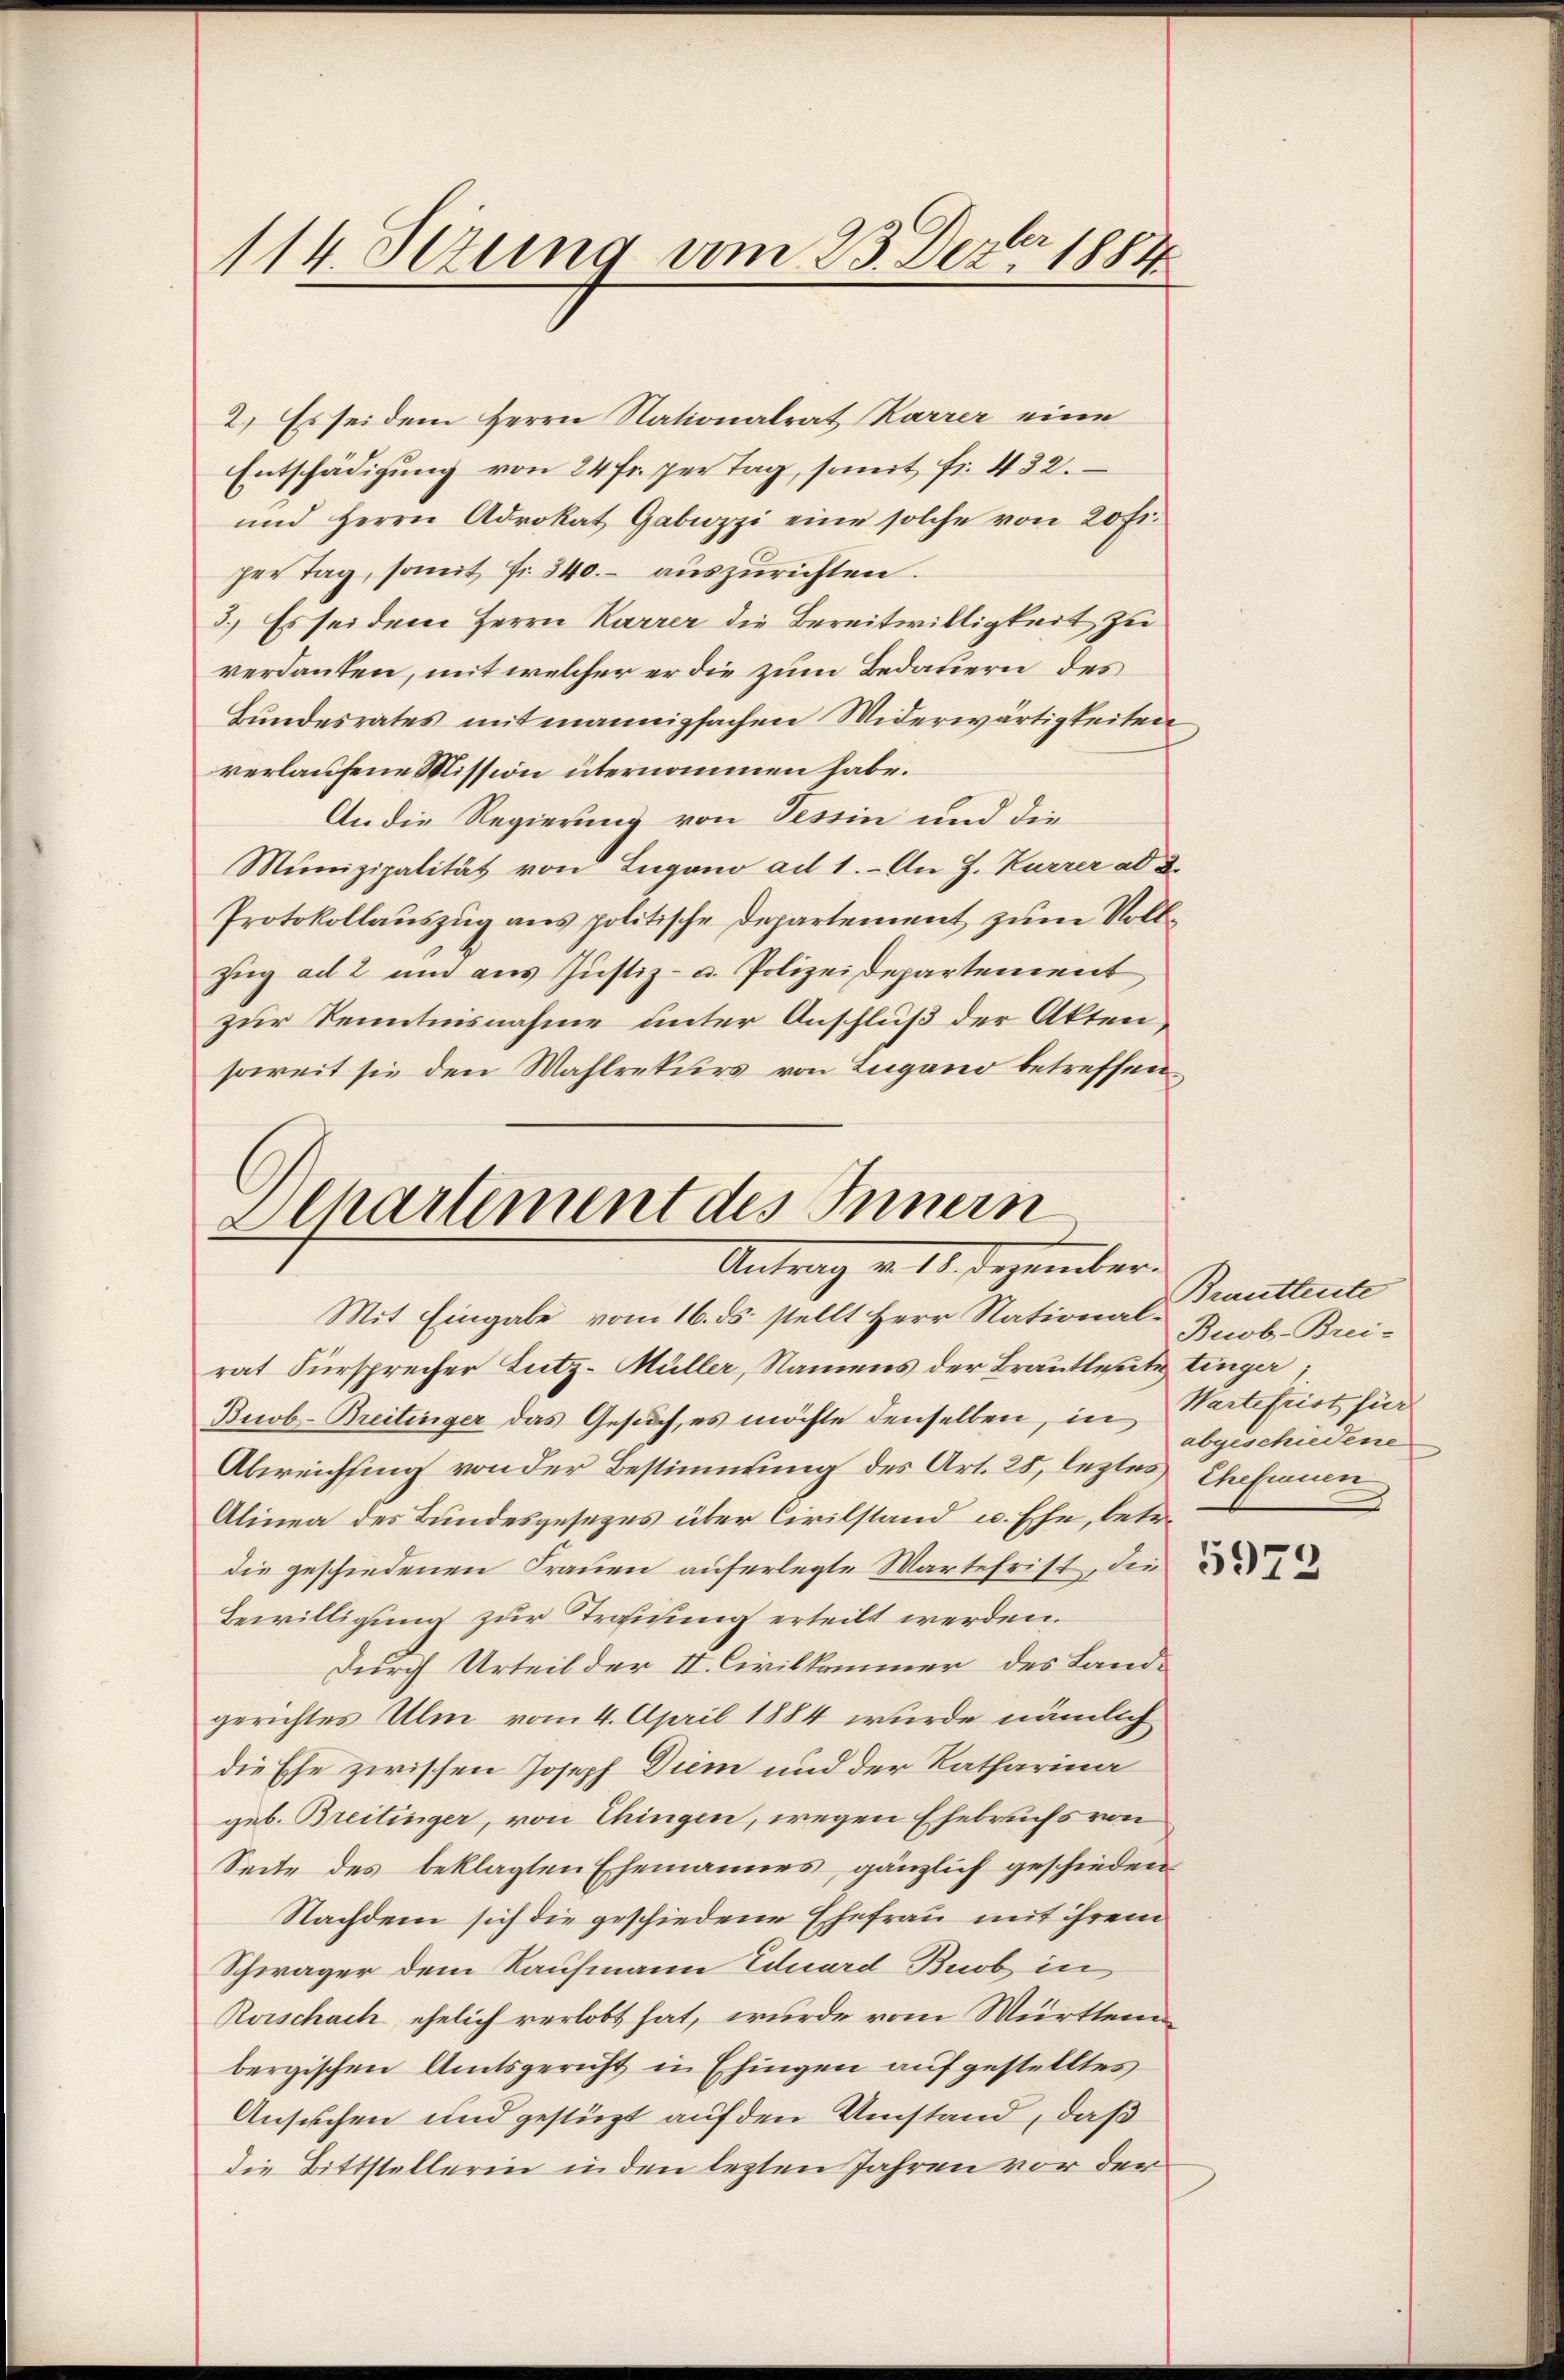
114. Setzung vom 23. Dez. 1889

2.) Es sei dem Herrn Nationalrat Karrer eine
Entschädigung von 24 fr. per Tag, somit fr. 432.
und Herrn Adrokat Gabuzzi eine solche von 20 Fr.
per Tag, somit fr. 340.- auszurichten.
3.) Es sei dem Herrn Karrer die Bereitwilligkeit zu
verdanken, mit welcher er die zum Bedauern des
Bundesrates mit mannigfachen Widerwärtigkeiten
verlaufene Mission übernommen habe.
An die Regierung von Tessin und die
Munizipalität von Lugano ad 1. An J. Kurrer ad 2.
Protokollauszug aus politische Departement zum Vollzug ad 2 und aus Justiz- u. Polizeidepartement
zur Kenntnisnahme unter Anschluß der Akten,
soweit sie den Wahlrekurs von Lugano betreffen

Alhartement des Innern
Antrag v. 18. Dezember

Mit Eingabe vom 16. ds. stellt Herr National-Buob. Breirat Fürsprecher Zutz-Müller, Namens der Brautleute tinger
Buob-Breitinger das Gesuch, es möchte denselben, in Wartefrist für
Abweichsung von der Bestimmung des Art. 28, leztes Ehefrauen
Alinea des Bundesgesezes über Civilstand u. Ehe, betr.
die geschiedenen Frauen auferlegte Wartefrist, die
Bewilligung zur Tragung erteilt werden.
durch Urteil der II. Civilkammer des Landgerichtes Ulm vom 4. April 1884 wurde nämlich
die Ehe zwischen Joseph Diem und der Katharina
geb. Breitinger, von Chingen, wegen Ehebruchs von
Seite des beklagten Ehemannes, gänzlich geschieden
Nachdem sich die geschiedene Ehefrau mit ihrem
Schwäger dem Kaufmann Eduard Buob in
Rorschach ehelich verlobt hat, wurde vom Württem
bergischen Amtsgericht in Ehingen aufgestelltes
Ansuchen und gestüzt auf den Umstand, daß
die Bittstellerin in den lezten Jahren vor der

Brautleute
abgeschiedene